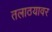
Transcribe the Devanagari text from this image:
तलाठयावर